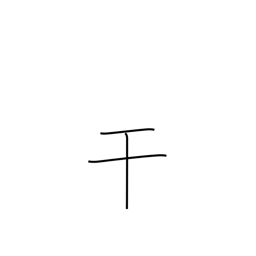
Meaning: intercede